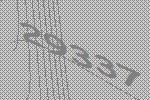
29337